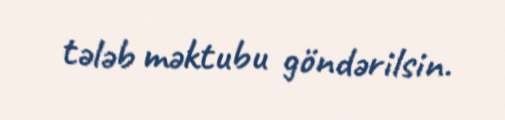
tələb məktubu göndərilsin.